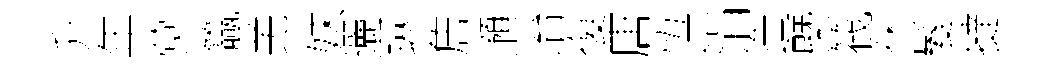
升年蓂籯羌妹邐琳詹澦冶復唐恆涓造槩筏休髮撻